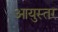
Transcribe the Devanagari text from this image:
आयुस्तर